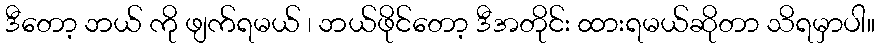
ဒီတော့ ဘယ် ကို ဖျက်ရမယ် ၊ ဘယ်ဖိုင်တော့ ဒီအတိုင်း ထားရမယ်ဆိုတာ သိရမှာပါ။